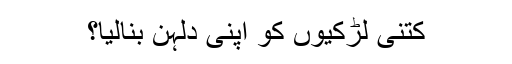
کتنی لڑکیوں کو اپنی دلہن بنالیا؟